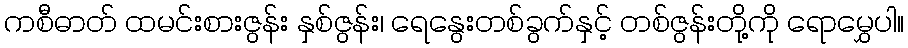
ကစီဓာတ် ထမင်းစားဇွန်း နှစ်ဇွန်း၊ ရေနွေးတစ်ခွက်နှင့် တစ်ဇွန်းတို့ကို ရောမွှေပါ။